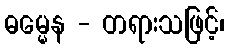
ဓမ္မေန - တရားသဖြင့်၊